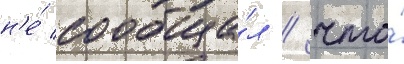
н'е́ сообща́л / что́